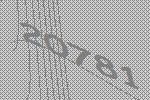
20781